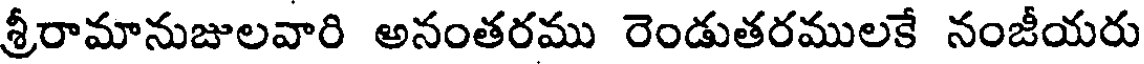
శ్రీరామానుజులవారి అనంతరము రెండుతరములకే నంజీయరు